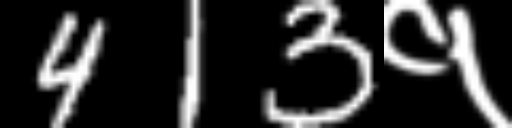
Text: 413१